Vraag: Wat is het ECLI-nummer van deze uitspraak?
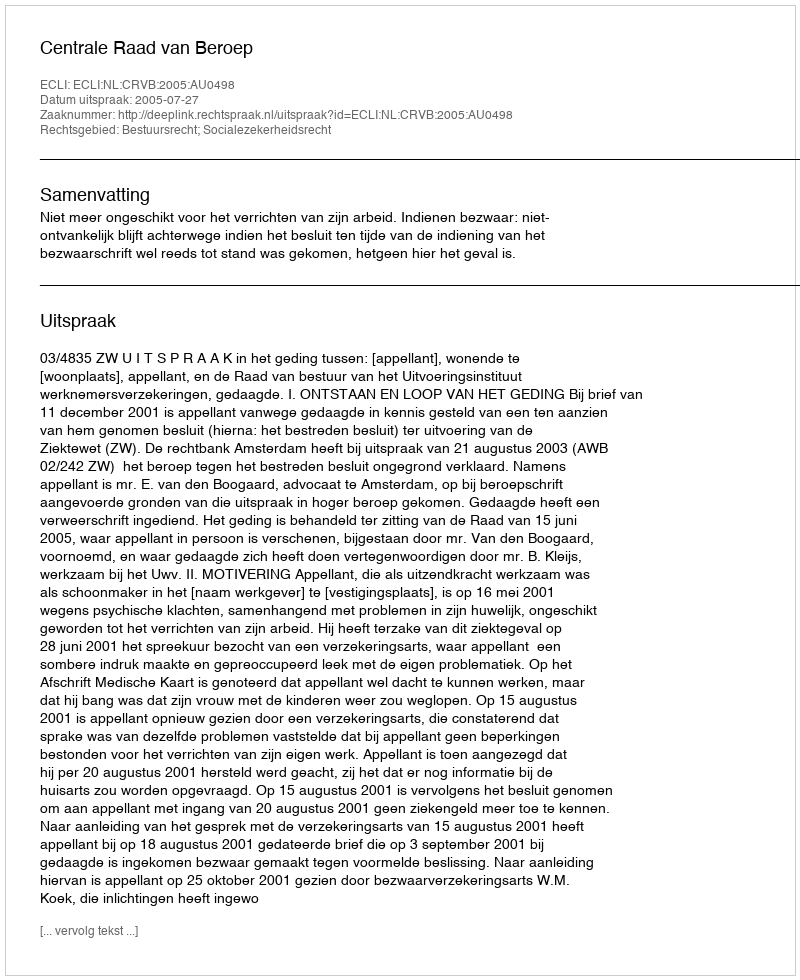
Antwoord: ECLI:NL:CRVB:2005:AU0498